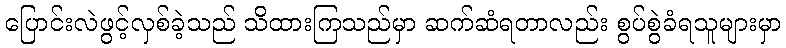
ပြောင်းလဲဖွင့်လှစ်ခဲ့သည် သိထားကြသည်မှာ ဆက်ဆံရတာလည်း စွပ်စွဲခံရသူများမှာ